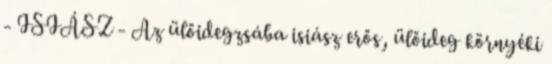
- ISIÁSZ - Az ülőidegzsába isiász erős, ülőideg környéki